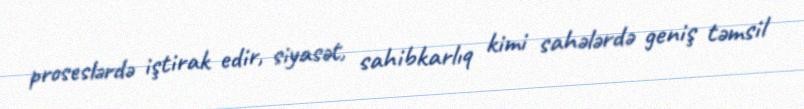
proseslərdə iştirak edir, siyasət, sahibkarlıq kimi sahələrdə geniş təmsil